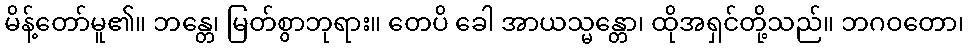
မိန့်တော်မူ၏။ ဘန္တေ၊ မြတ်စွာဘုရား။ တေပိ ခေါ အာယသ္မန္တော၊ ထိုအရှင်တို့သည်။ ဘဂဝတော၊